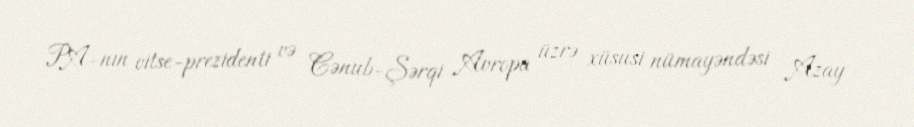
PA-nın vitse-prezidenti və Cənub-Şərqi Avropa üzrə xüsusi nümayəndəsi Azay